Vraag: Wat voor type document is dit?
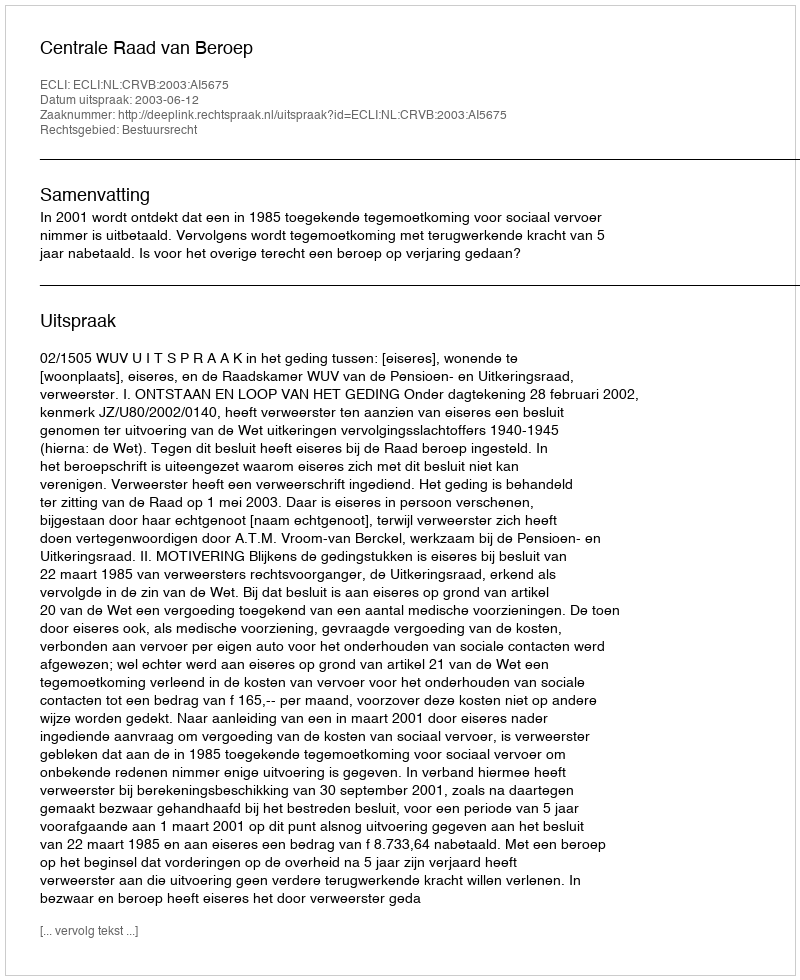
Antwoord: Uitspraak